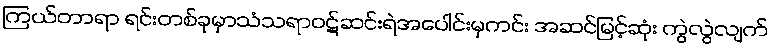
ကြယ်တာရာ ရင်းတစ်ခုမှာသံသရာဝဋ်ဆင်းရဲအပေါင်းမှကင်း အဆင်မြင့်ဆုံး ကွဲလွဲလျက်